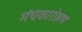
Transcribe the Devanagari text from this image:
मंचकारोहण